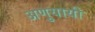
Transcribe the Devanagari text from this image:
अणुयायी